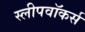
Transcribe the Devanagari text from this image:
स्लीपवॉकर्स